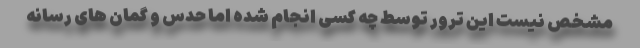
مشخص نیست این ترور توسط چه کسی انجام شده اما حدس و گمان های رسانه